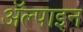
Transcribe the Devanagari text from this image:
ॲल्पाइन